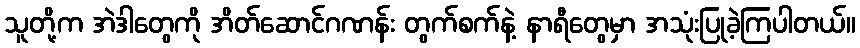
သူတို့က အဲဒါတွေကို အိတ်ဆောင်ဂဏန်း တွက်စက်နဲ့ နာရီတွေမှာ အသုံးပြုခဲ့ကြပါတယ်။